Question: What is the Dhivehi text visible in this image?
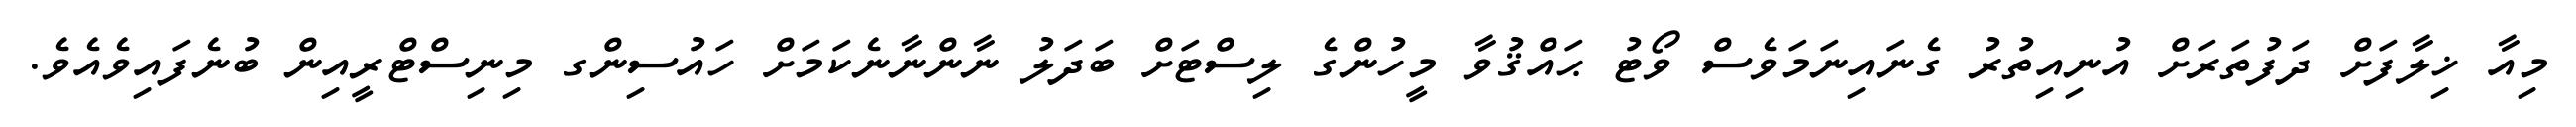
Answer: މިއާ ޚިލާފަށް ދަފުތަރަށް އުނިއިތުރު ގެނައިނަމަވެސް ވޯޓު ޙައްޤުވާ މީހުންގެ ލިސްޓަށް ބަދަލު ނާންނާނެކަމަށް ހައުސިންގ މިނިސްޓްރީއިން ބުނެފައިވެއެވެ.